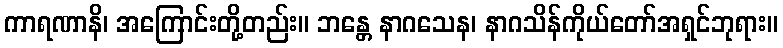
ကာရဏာနိ၊ အကြောင်းတို့တည်း။ ဘန္တေ နာဂသေန၊ နာဂသိန်ကိုယ်တော်အရှင်ဘုရား။